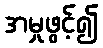
အမှုဖွင့်၍